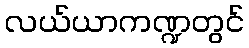
လယ်ယာကဏ္ဍတွင်